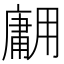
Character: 𱰡